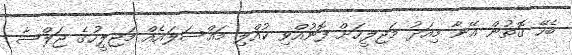
ބެހޭ ގޮތުން އޭނާ މިއަދު މަޖިލީހަށް ފޮނުއްވި ކުއްލި މައްސަލައެއް މަޖިލީހުގެ ޖަލްސާ